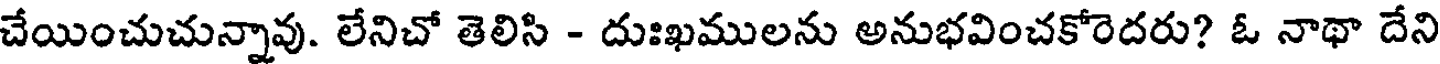
చేయించుచున్నావు. లేనిచో తెలిసి - దుఃఖములను అనుభవించకోరెదరు? ఓ నాథా దేని